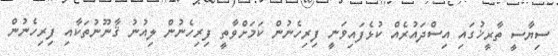
ސިޔާސީ ތާރީޚުގައި އިސްދައުރެއް ކުޅެފައިވަނީ ފިރިހެނުން ކަމަށްވާތީ ފިރިހެނުން ލިއުނު ޤާނޫނުތަކާއި ފިރިހެނުން